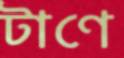
টাণে